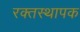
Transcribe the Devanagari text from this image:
रक्तस्थापक